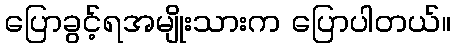
ပြောခွင့်ရအမျိုးသားက ပြောပါတယ်။